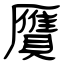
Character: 贋